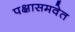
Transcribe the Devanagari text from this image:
पक्षासमवेत